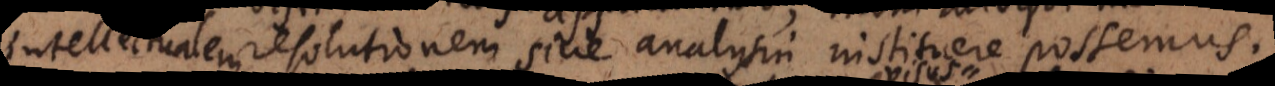
nullam resolutionem sive analysin instituere possemus.